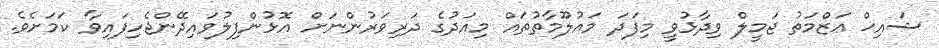
ޝައިޚް ޢަޒްމަތު ޖަމީލް ވިދާޅުވީ މިފަދަ މައުލޫމާތުތައް މިއަދުގެ ދަރިވަރުންނަށް އޮޅުންފިލުވައިދޭންޖެހިފައިވާ ކަމަށެވެ.